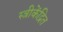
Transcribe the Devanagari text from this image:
स्त्रीकेंद्रित